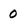
Character: 0